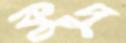
কুদু